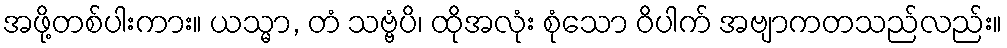
အဖို့တစ်ပါးကား။ ယသ္မာ, တံ သဗ္ဗံပိ၊ ထိုအလုံး စုံသော ဝိပါက် အဗျာကတသည်လည်း။